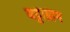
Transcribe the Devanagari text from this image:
बट्टाग्राम